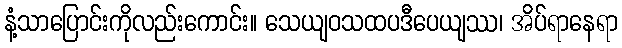
နံ့သာပြောင်းကိုလည်းကောင်း။ သေယျဝသထပဒီပေယျဿ၊ အိပ်ရာနေရာ